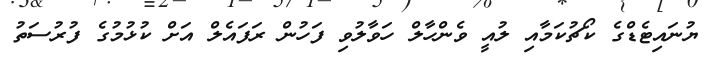
ޔުނައިޓެޑްގެ ކޯޗުކަމާއި ލުއީ ވެންހާލް ހަވާލުވި ފަހުން ރަފައެލް އަށް ކުޅުމުގެ ފުރުސަތު